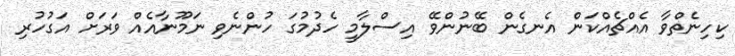
ކިހިނެތްވާ އެއްޗެއްކަން އެނގެން ބޭނުންވޭ އިސްލާމީ ހެދުމުގަ ހުންނެވި ނަމޫނާއެއް ވަރަށް އަގުހުރި